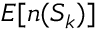
E [ n ( S _ { k } ) ]